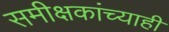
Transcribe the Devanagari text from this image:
समीक्षकांच्याही